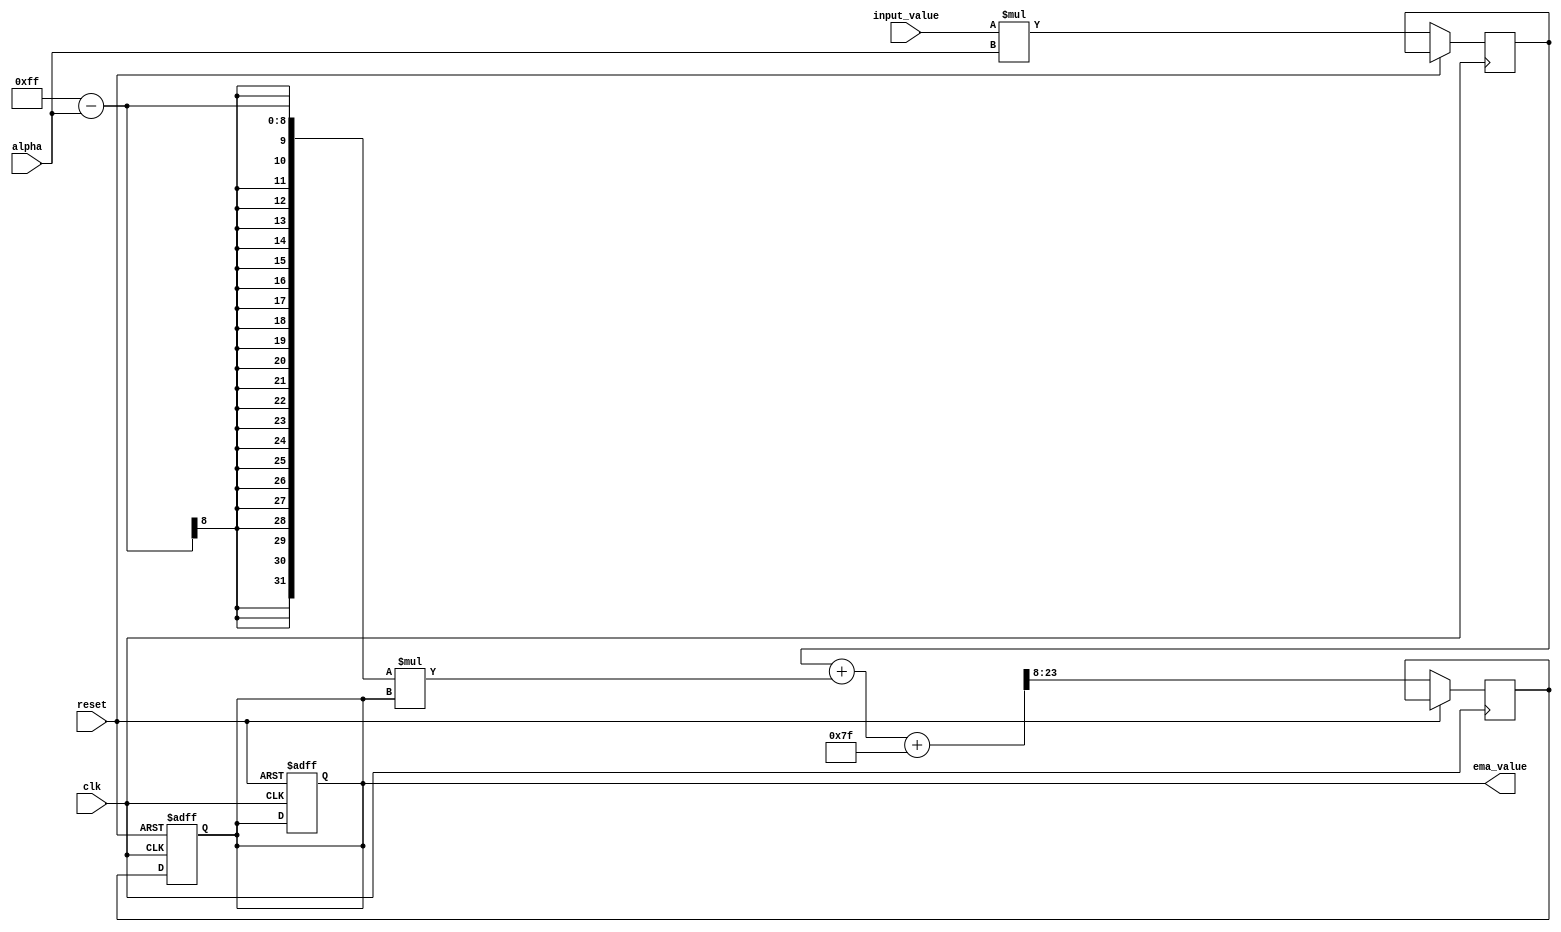
module EMA_accumulator (
    input wire clk,
    input wire reset,
    input wire [15:0] input_value,
    input wire [7:0] alpha,
    output reg [15:0] ema_value
);

reg [15:0] ema_value_next;
reg [15:0] scaled_input;

always @ (posedge clk or posedge reset) begin
    if (reset) begin
        ema_value <= 0;
    end else begin
        scaled_input <= input_value * alpha;
        ema_value_next <= (scaled_input + (255 - alpha) * ema_value + 127) >> 8;
    end
end

always @ (posedge clk or posedge reset) begin
    if (reset) begin
        ema_value <= 0;
    end else begin
        ema_value <= ema_value_next;
    end
end

endmodule